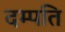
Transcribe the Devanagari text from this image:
दम्‍पति